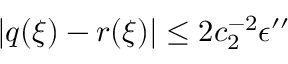
| q ( \xi ) - r ( \xi ) | \le 2 c _ { 2 } ^ { - 2 } \epsilon ^ { \prime \prime }